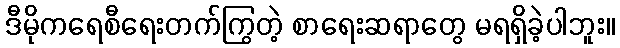
ဒီမိုကရေစီရေးတက်ကြွတဲ့ စာရေးဆရာတွေ မရရှိခဲ့ပါဘူး။